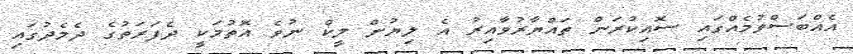
އެއްބަސްވުމެއްގައި ސޮއިކުރަން ތައްޔާރުވާއިރު އެ ލިޔުން ލީކް ނުވެ އޮތުމަކީ ދެފަރަަތުގެ ދެމެދުގައި